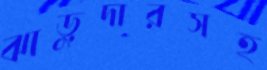
ঝাড়ুদারসহ